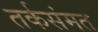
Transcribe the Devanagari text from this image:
तर्कसंमत